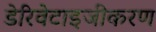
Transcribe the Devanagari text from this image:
डेरिवेटाइजीकरण